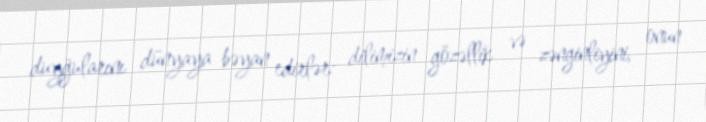
duyğularını dünyaya bəyan edirlər: dilimizin gözəllik və zənginliyini, onun